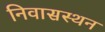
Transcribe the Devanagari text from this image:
निवासस्थन